Indian journal of veterinary science and animal husbandry - Volume 13,
Year: 1943
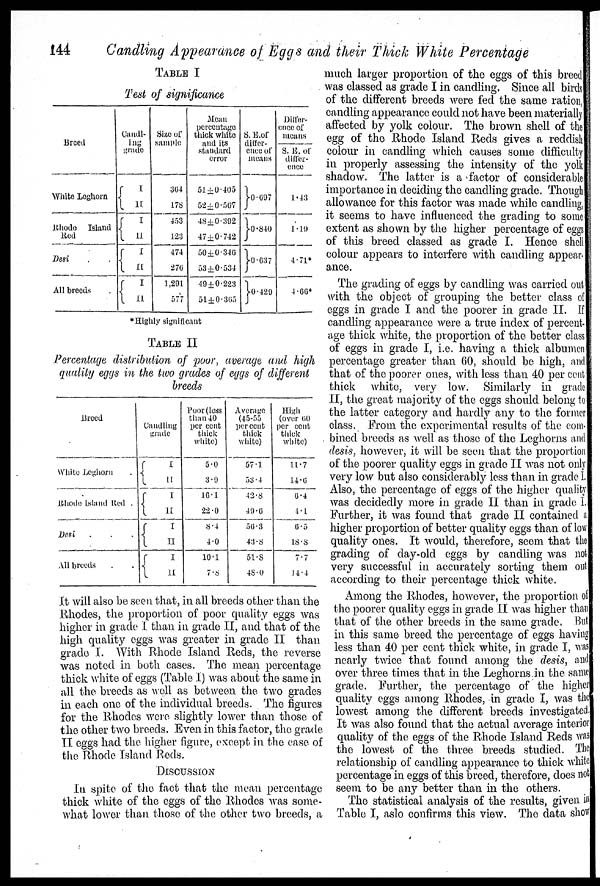
144
Candling Appearance of Eggs and their Thick White Percentage
TABLE I
Test of significance
Breed
White Leghorn
Rhode Island
Red
Desi . .
All breeds .
Candl-
ing
grade
{ I
II
{ I
II
{ I
II
{ I
II
Size of
sample
364
178
453
123
474
276
1,291
577
Mean
percentage
thick white
and its
standard
error
51±0.405
52±0.567
48±0.392
47±0.742
50±0.346
53±0.534
49±0.223
51±0.365
S. E.of
differ-
ence of
means
}0.697
}0.840
}0.637
}0.429
Differ-
ence of
means
S. E. of
differ-
ence
1.43
1.19
4.71*
4.66*
*Highly significant
TABLE II
Percentage distribution of poor, average and high
quality eggs in the two grades of eggs of different
breeds
Breed
White Leghorn
.
Rhode Island Red .
Desi . . .
All breeds . .
Candling
grade
{ I
II
{ I
II
{ I
II
{ I
II
Poor (less
than 40
per cent
thick
white)
5.0
3.9
16.1
22.0
8.4
4.0
10.1
7.8
Average
(45-55
per cent
thick
white)
57.1
53.4
42.8
49.6
56.3
43.8
51.8
48.0
High
(over 60
per cent
thick
white)
11.7
14.6
6.4
4.1
6.5
18.8
7.7
14.4
It will also be seen that, in all breeds other than the
Rhodes, the proportion of poor quality eggs was
higher in grade I than in grade II, and that of the
high quality eggs was greater in grade II than
grade I. With Rhode Island Reds, the reverse
was noted in both cases. The mean percentage
thick white of eggs (Table I) was about the same in
all the breeds as well as between the two grades
in each one of the individual breeds. The figures
for the Rhodes were slightly lower than those of
the other two breeds. Even in this factor, the grade
II eggs had the higher figure, except in the case of
the Rhode Island Reds.
DISCUSSION
In spite of the fact that the mean percentage
thick white of the eggs of the Rhodes was some-
what lower than those of the other two breeds, a
much larger proportion of the eggs of this breed
was classed as grade I in candling. Since all birds
of the different breeds were fed the same ration,
candling appearance could not have been materially
affected by yolk colour. The brown shell of the
egg of the Rhode Island Reds gives a reddish
colour in candling which causes some difficulty
in properly assessing the intensity of the yolk
shadow. The latter is a factor of considerable
importance in deciding the candling grade. Though
allowance for this factor was made while candling,
it seems to have influenced the grading to some
extent as shown by the higher percentage of eggs
of this breed classed as grade I. Hence shell
colour appears to interfere with candling appear
ance.
The grading of eggs by candling was carried out
with the object of grouping the better class of
eggs in grade I and the poorer in grade II. If
candling appearance were a true index of percent-
age thick white, the proportion of the better class
of eggs in grade I, i.e. having a thick albumen
percentage greater than 60, should be high, and
that of the poorer ones, with less than 40 per cent
thick white, very low. Similarly in grade
II, the great majority of the eggs should belong to
the latter category and hardly any to the former
class. From the experimental results of the com-
bined breeds as well as those of the Leghorns and
desis, however, it will be seen that the proportion
of the poorer quality eggs in grade II was not only
very low but also considerably less than in grade 1.
Also, the percentage of eggs of the higher quality
was decidedly more in grade II than in grade I.
Further, it was found that grade II contained a
higher proportion of better quality eggs than of low
quality ones. It would, therefore, seem that the
grading of day-old eggs by candling was not
very successful in accurately sorting them out
according to their percentage thick white.
Among the Rhodes, however, the proportion of
the poorer quality eggs in grade II was higher than
that of the other breeds in the same grade. But
in this same breed the percentage of eggs having
less than 40 per cent thick white, in grade I, was
nearly twice that found among the desis, and
over three times that in the Leghorns in the same
grade. Further, the percentage of the higher
quality eggs among Rhodes, in grade I, was the
lowest among the different breeds investigated.
It was also found that the actual average interior
quality of the eggs of the Rhode Island Reds was
the lowest of the three breeds studied. The
relationship of candling appearance to thick white
percentage in eggs of this breed, therefore, does not
seem to be any better than in the others.
The statistical analysis of the results, given in
Table I, aslo confirms this view. The data show